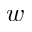
w